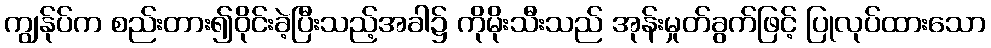
ကျွန်ုပ်က စည်းတား၍ဝိုင်းခဲ့ပြီးသည့်အခါ၌ ကိုမိုးသီးသည် အုန်းမှုတ်ခွက်ဖြင့် ပြုလုပ်ထားသော